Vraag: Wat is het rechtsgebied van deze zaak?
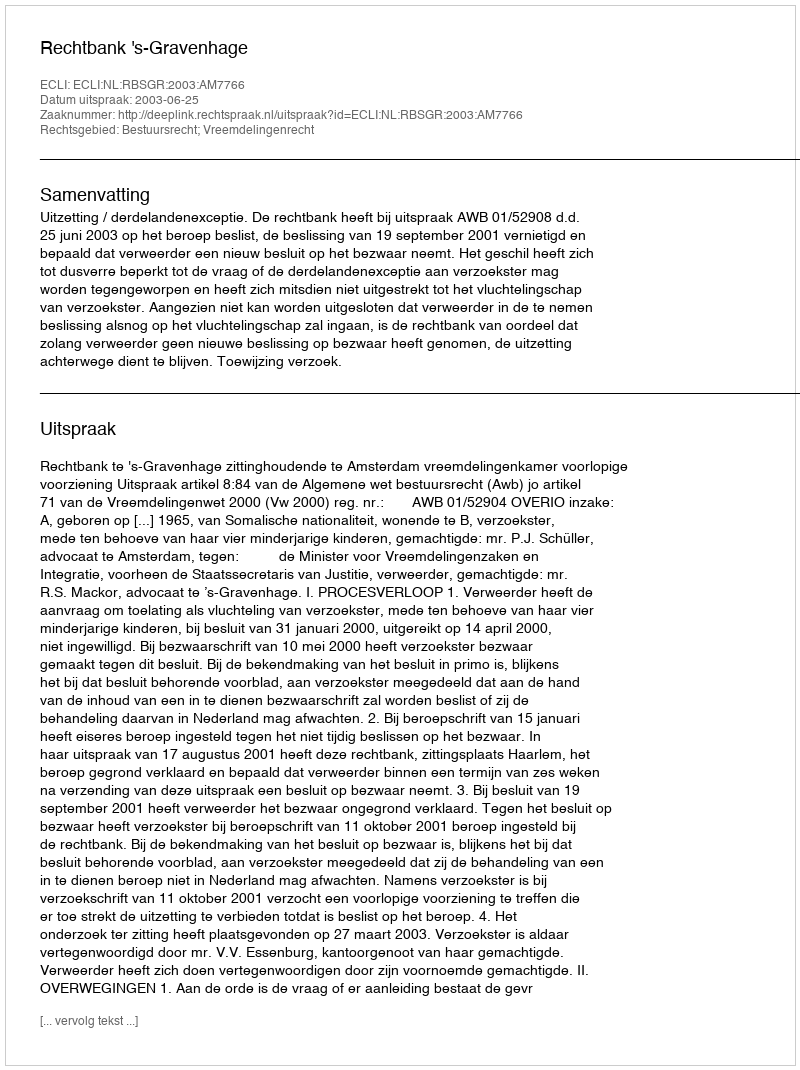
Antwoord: Bestuursrecht; Vreemdelingenrecht